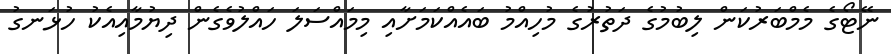
ނޭޓޯގެ މެމްބަރުކަން ލިބުމުގެ ދަތުރުގެ މުހިއްމު ބައެއްކަމަށާއި މިމައްސަލަ ހައްލުވެގެން ދިޔުމާއިއެކު ހުޅަނގު